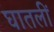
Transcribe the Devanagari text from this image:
घातलीं